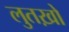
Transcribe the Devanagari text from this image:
लुतख़ो